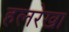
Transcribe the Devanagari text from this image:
हलरेखा